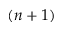
( n + 1 )